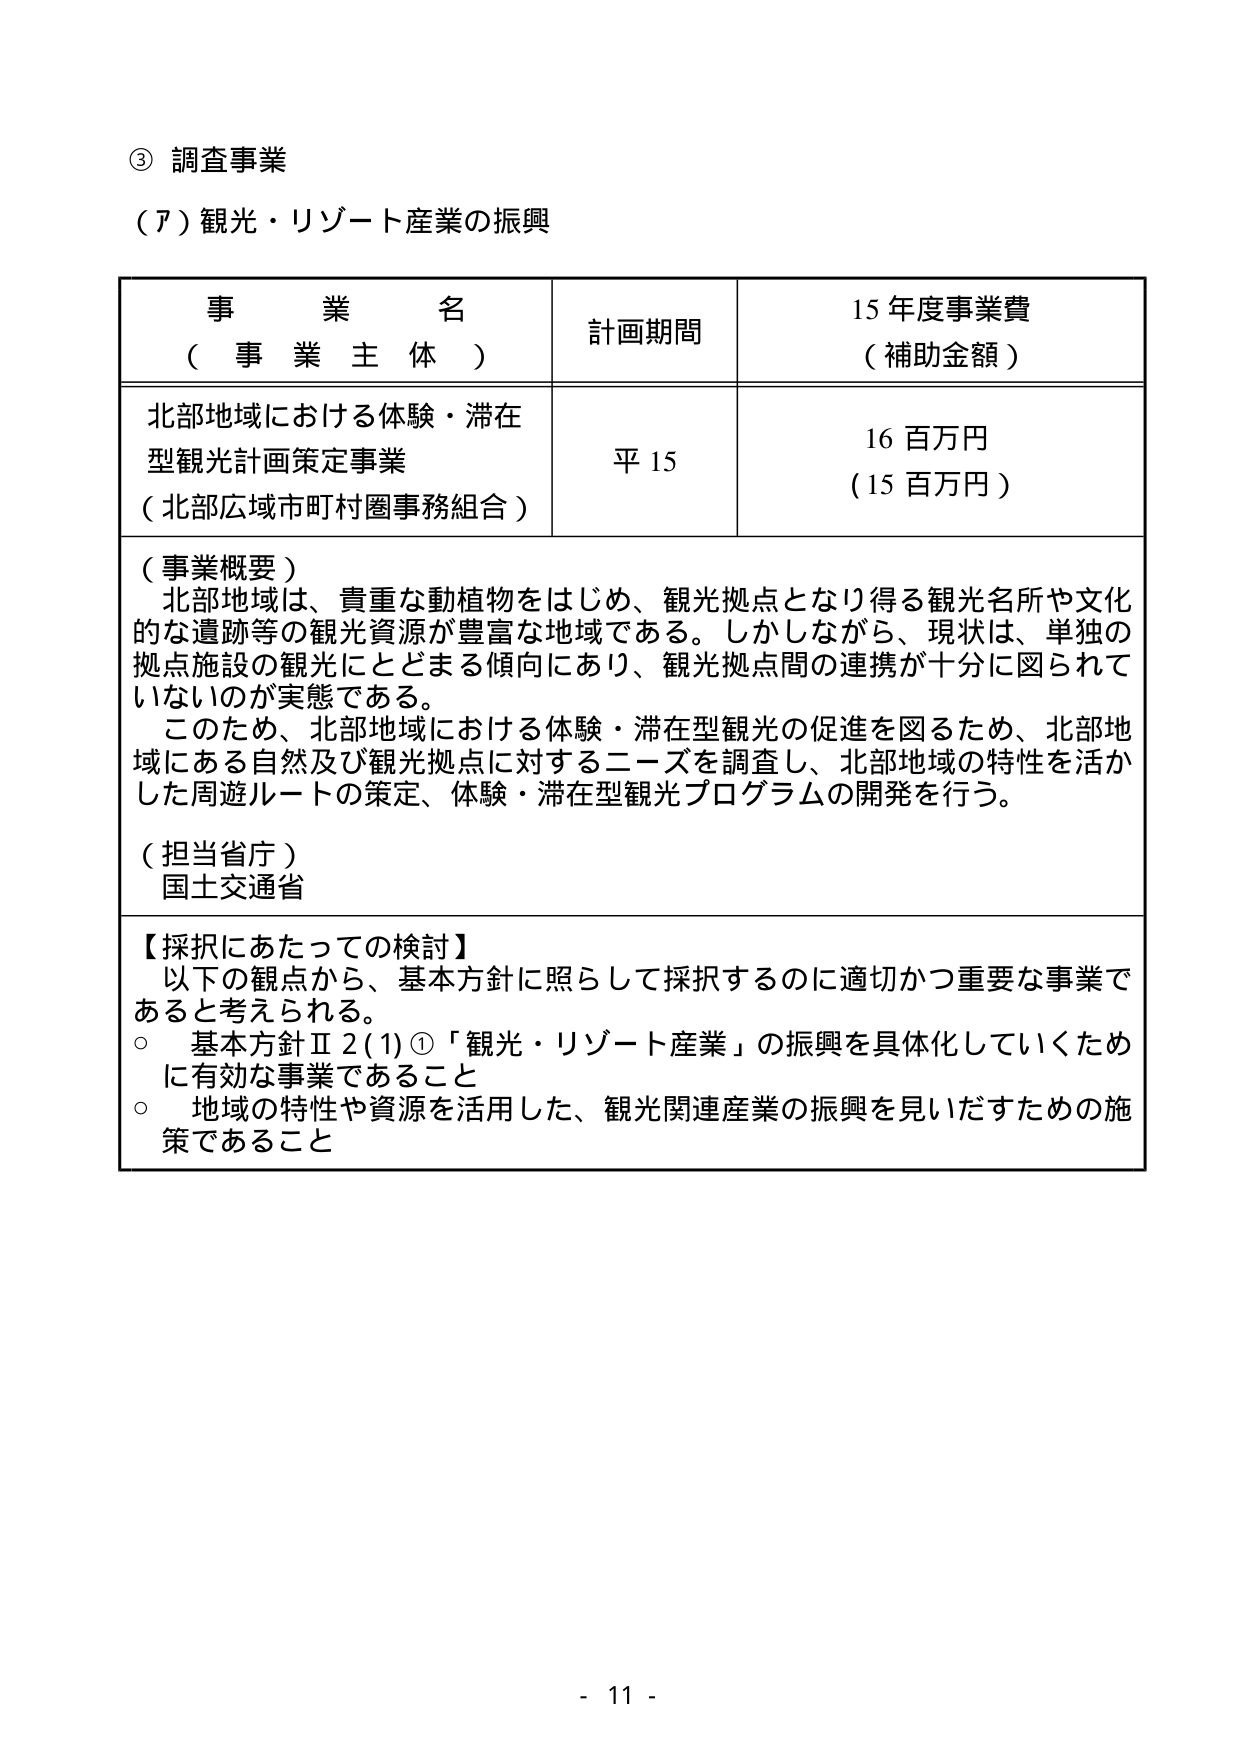
③ 調査事業
（ア）観光・リゾート産業の振興

事業名
（事業主体）
計画期間
15年度事業費
（補助金額）

北部地域における体験・滞在型観光計画策定事業
（北部広域市町村圏事務組合）
平15
16百万円
（15百万円）

（事業概要）
北部地域は、貴重な動植物をはじめ、観光拠点となり得る観光名所や文化的な遺跡等の観光資源が豊富な地域である。しかしながら、現状は、単独の拠点施設の観光にとどまる傾向にあり、観光拠点間の連携が十分に図られていないのが実態である。
このため、北部地域における体験・滞在型観光の促進を図るため、北部地域にある自然及び観光拠点に対するニーズを調査し、北部地域の特性を活かした周遊ルートの策定、体験・滞在型観光プログラムの開発を行う。

（担当省庁）
国土交通省

【採択にあたっての検討】
以下の観点から、基本方針に照らして採択するのに適切かつ重要な事業であると考えられる。
○ 基本方針Ⅱ2(1)①「観光・リゾート産業」の振興を具体化していくために有効な事業であること
○ 地域の特性や資源を活用した、観光関連産業の振興を見いだすための施策であること

- 11 -